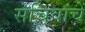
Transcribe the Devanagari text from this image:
सचिवांचें